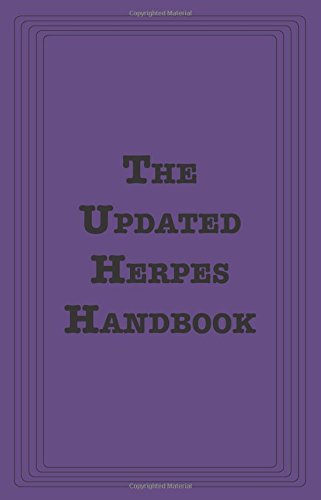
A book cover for The Updated Herpes Handbook; Terri Warren; Health, Fitness & Dieting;